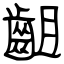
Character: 齟